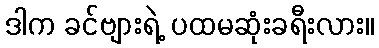
ဒါက ခင်ဗျားရဲ့ ပထမဆုံးခရီးလား။